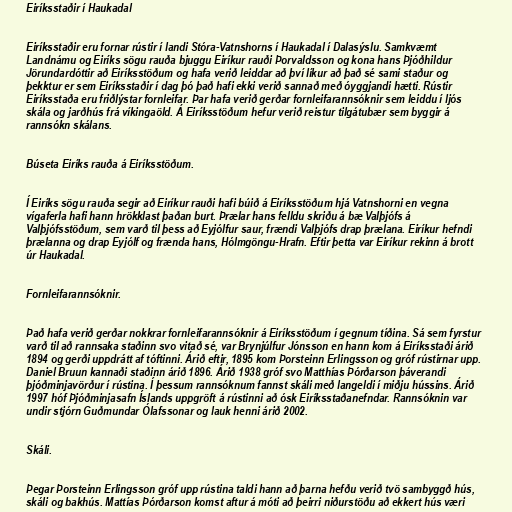
Eiríksstaðir í Haukadal

Eiríksstaðir eru fornar rústir í landi Stóra-Vatnshorns í Haukadal í Dalasýslu. Samkvæmt
Landnámu og Eiríks sögu rauða bjuggu Eiríkur rauði Þorvaldsson og kona hans Þjóðhildur
Jörundardóttir að Eiríksstöðum og hafa verið leiddar að því líkur að það sé sami staður og
þekktur er sem Eiríksstaðir í dag þó það hafi ekki verið sannað með óyggjandi hætti. Rústir
Eiríksstaða eru friðlýstar fornleifar. Þar hafa verið gerðar fornleifarannsóknir sem leiddu í ljós
skála og jarðhús frá víkingaöld. Á Eiríksstöðum hefur verið reistur tilgátubær sem byggir á
rannsókn skálans.

Búseta Eiríks rauða á Eiríksstöðum.

Í Eiríks sögu rauða segir að Eiríkur rauði hafi búið á Eiríksstöðum hjá Vatnshorni en vegna
vígaferla hafi hann hrökklast þaðan burt. Þrælar hans felldu skriðu á bæ Valþjófs á
Valþjófsstöðum, sem varð til þess að Eyjólfur saur, frændi Valþjófs drap þrælana. Eiríkur hefndi
þrælanna og drap Eyjólf og frænda hans, Hólmgöngu-Hrafn. Eftir þetta var Eiríkur rekinn á brott
úr Haukadal.

Fornleifarannsóknir.

Það hafa verið gerðar nokkrar fornleifarannsóknir á Eiríksstöðum í gegnum tíðina. Sá sem fyrstur
varð til að rannsaka staðinn svo vitað sé, var Brynjúlfur Jónsson en hann kom á Eiríksstaði árið
1894 og gerði uppdrátt af tóftinni. Árið eftir, 1895 kom Þorsteinn Erlingsson og gróf rústirnar upp.
Daniel Bruun kannaði staðinn árið 1896. Árið 1938 gróf svo Matthías Þórðarson þáverandi
þjóðminjavörður í rústina. Í þessum rannsóknum fannst skáli með langeldi í miðju hússins. Árið
1997 hóf Þjóðminjasafn Íslands uppgröft á rústinni að ósk Eiríksstaðanefndar. Rannsóknin var
undir stjórn Guðmundar Ólafssonar og lauk henni árið 2002.

Skáli.

Þegar Þorsteinn Erlingsson gróf upp rústina taldi hann að þarna hefðu verið tvö sambyggð hús,
skáli og bakhús. Mattías Þórðarson komst aftur á móti að þeirri niðurstöðu að ekkert hús væri